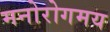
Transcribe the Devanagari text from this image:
मनोरोगमय